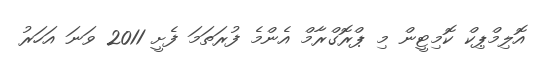
އޮލިމްޕިކް ކޮމިޓީން މި ޕްރޮގްރާމް އެންމެ ފުރަތަމަ ފެށީ 2011 ވަނަ އަހަރު